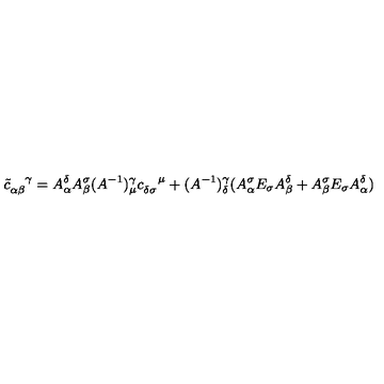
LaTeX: { \tilde { c } } _ { \alpha \beta } ^ { \enspace \enspace \gamma } = A _ { \alpha } ^ { \delta } A _ { \beta } ^ { \sigma } ( A ^ { - 1 } ) _ { \mu } ^ { \gamma } c _ { \delta \sigma } ^ { \enspace \enspace \mu } + ( A ^ { - 1 } ) _ { \delta } ^ { \gamma } ( A _ { \alpha } ^ { \sigma } E _ { \sigma } A _ { \beta } ^ { \delta } + A _ { \beta } ^ { \sigma } E _ { \sigma } A _ { \alpha } ^ { \delta } )